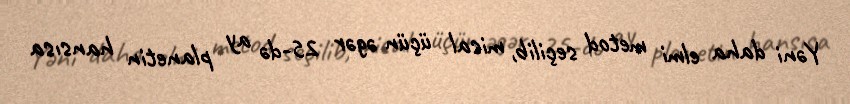
Yəni daha elmi metod seçilib, misal üçün əgər 25-də ay planetin hansısa